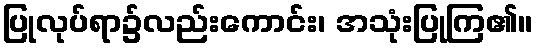
ပြုလုပ်ရာ၌လည်းကောင်း၊ အသုံးပြုကြ၏။